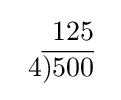
{\begin{array}{r}125\\4{\overline {)500}}\\\end{array}}